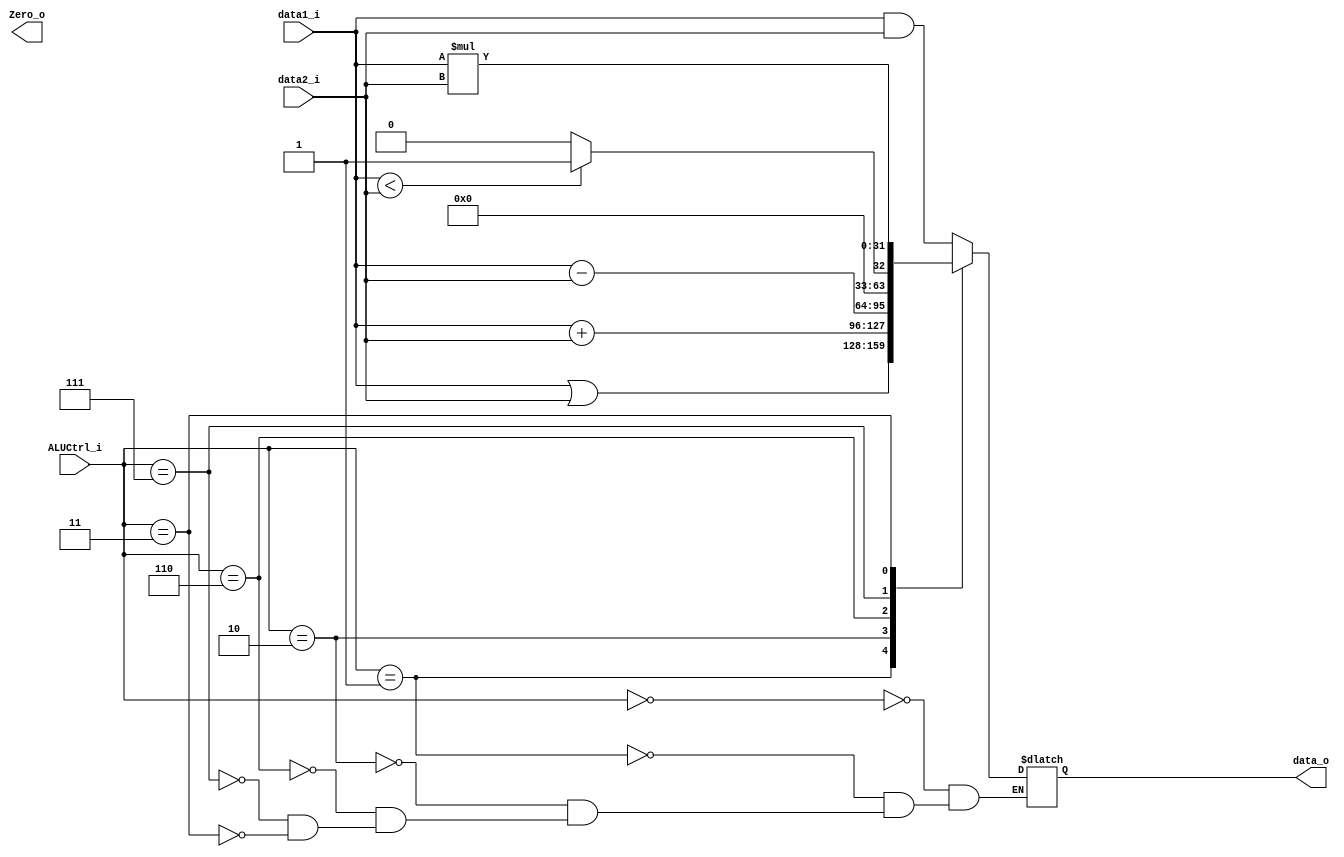
module ALU(data1_i, data2_i, ALUCtrl_i, data_o, Zero_o);
input  [31:0] data1_i, data2_i;
input  [2:0]  ALUCtrl_i;
output [31:0] data_o;
output        Zero_o;

reg    [31:0] data_reg;
reg           Zero_reg;

assign data_o = data_reg;
assign Zero_o = Zero_reg;

`define AND 3'b000
`define OR  3'b001
`define ADD 3'b010
`define SUB 3'b110
`define SLT 3'b111
`define MUL 3'b011

always @ (data1_i or data2_i or ALUCtrl_i)
begin
    case (ALUCtrl_i)
        `AND: data_reg = data1_i & data2_i;
        `OR:  data_reg = data1_i | data2_i;
        `ADD: data_reg = data1_i + data2_i;
        `SUB: data_reg = data1_i - data2_i;
        `SLT: data_reg = (data1_i < data2_i)? 1 : 0;
        `MUL: data_reg = data1_i * data2_i;
    endcase
end
endmodule